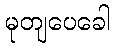
မုတျပေခေါ